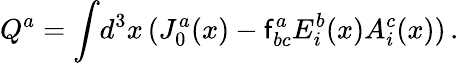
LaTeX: Q^{a}=\int\! d^{3}x\, (J_{0}^{a}(x)-\mathsf{f}_{bc}^{a}E_{i}^{b}(x)A_{i}^{c}(x))\, .